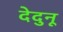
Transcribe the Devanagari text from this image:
देदुनू